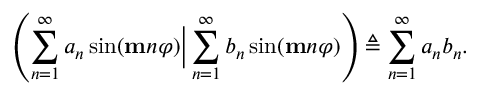
\left( \sum _ { n = 1 } ^ { \infty } a _ { n } \sin ( \mathbf { m } n \varphi ) \Big | \sum _ { n = 1 } ^ { \infty } b _ { n } \sin ( \mathbf { m } n \varphi ) \right) \triangleq \sum _ { n = 1 } ^ { \infty } a _ { n } b _ { n } .